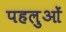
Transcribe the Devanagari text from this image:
पहलुआें